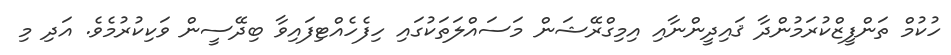
ހުކުމް ތަންފީޒްކުރަމުންދާ ޤައިދީންނާއި އިމިގްރޭޝަން މަސައްލަތަކުގައި ހިފެހެއްޓިފައިވާ ބިދޭސީން ވަކިކުރުމެވެ. އަދި މި